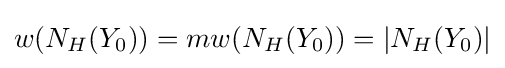
w(N_{H}(Y_{0}))=mw(N_{H}(Y_{0}))=|N_{H}(Y_{0})|